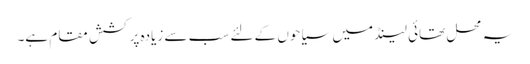
یہ محل تھائی لینڈ میں سیاحوں کے لئے سب سے زیادہ پرکشش مقام ہے۔